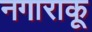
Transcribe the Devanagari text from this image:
नगाराकू